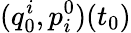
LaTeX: (q_{0}^{i},p_{i}^{0})(t_{0})